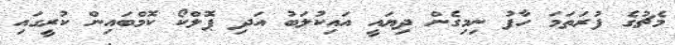
މެޗުގެ ފުރަތަމަ ހާފު ނިމިގެން ދިޔައީ އައިކުލަބު އަދި ޕޮލްކޯ ކޮމްބައިން ކުރީގައި